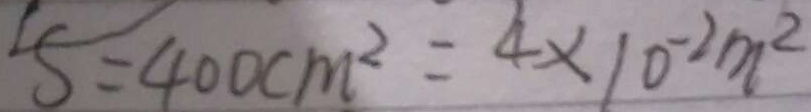
S = 4 0 0 c m ^ { 2 } = 4 \times 1 0 ^ { - 2 } m ^ { 2 }